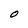
Character: O